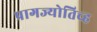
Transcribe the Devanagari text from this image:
प्रागज्योतिच्ह